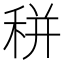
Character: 𥞩